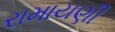
રામાયણી